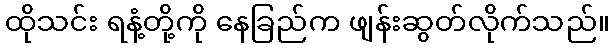
ထိုသင်း ရနံ့တို့ကို နေခြည်က ဖျန်းဆွတ်လိုက်သည်။